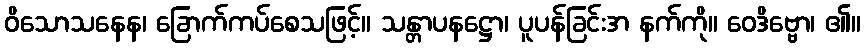
ဝိသောသနေန၊ ခြောက်ကပ်စေသဖြင့်။ သန္တာပနဋ္ဌော၊ ပူပန်ခြင်းအ နက်ကို။ ဝေဒိဗ္ဗော၊ ၏။